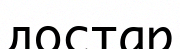
достар